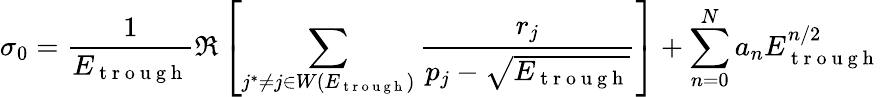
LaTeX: \sigma_{0}=\frac{1}{E_{\mathrm{~t~r~o~u~g~h~}}}\Re\left[\sum_{j^{*}\neq j\in W(E_{\mathrm{~t~r~o~u~g~h~}})}\frac{r_{j}}{p_{j}-\sqrt{E_{\mathrm{~t~r~o~u~g~h~}}}}\right]+\sum_{n=0}^{N}a_{n}E_{\mathrm{~t~r~o~u~g~h~}}^{n/2}